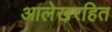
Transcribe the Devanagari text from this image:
आलेखरहित